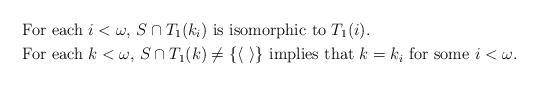
LaTeX: \begin{align*}& \mbox{For each $i<\omega$, $S \cap T_{1}(k_{i})$ is isomorphic to $T_{1}(i)$.}\\& \mbox{For each $k<\omega$, $S \cap T_{1}(k)\not = \{ \left< \ \right>\}$ implies that $k=k_{i}$ for some $i<\omega$.}\end{align*}